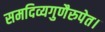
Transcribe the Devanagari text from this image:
समदिव्यगुणैरुपेत।